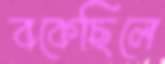
বকেছিলে